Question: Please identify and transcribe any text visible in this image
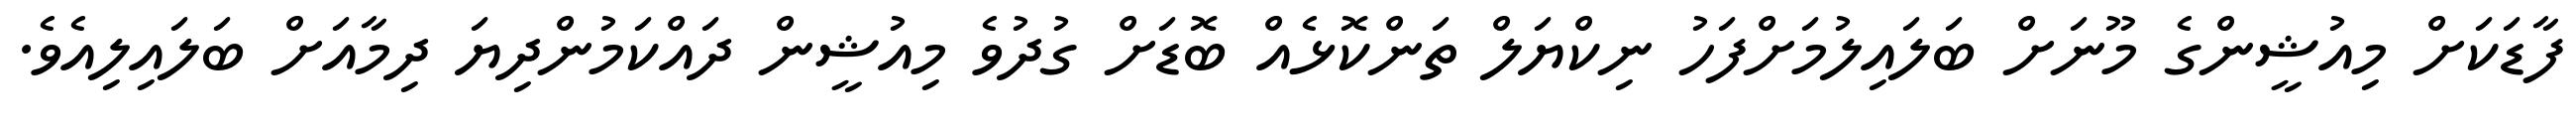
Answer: ފާޑަކަށް މިއުޝީންގެ މޫނަށް ބަލައިލުމަށްފަހު ނިކްޔަލް ތަންކޮޅެއް ބޮޑަށް ގުދުވެ މިއުޝީން ދައްކަމުންދިޔަ ދިމާއަށް ބަލައިލިއެވެ.